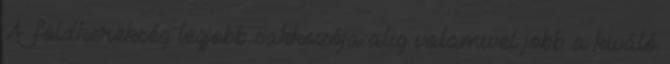
A földkerekség legjobb sakkozója alig valamivel jobb a kiváló